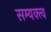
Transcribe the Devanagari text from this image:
सम्यक्त्व